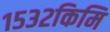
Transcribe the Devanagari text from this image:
१५३२किमि